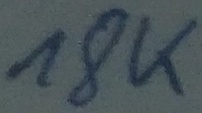
Text: 18K